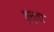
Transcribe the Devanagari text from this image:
तुन्ला